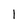
Character: l